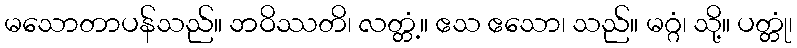
မသောတာပန်သည်။ ဘဝိဿတိ၊ လတ္တံ့။ ဧသ ဧသော၊ သည်။ မဂ္ဂံ၊ သို့။ ပတ္တုံ၊